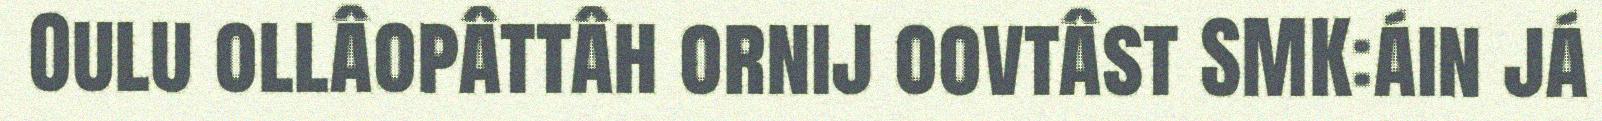
Oulu ollâopâttâh ornij oovtâst SMK:áin já